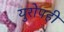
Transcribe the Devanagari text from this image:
युरोपही